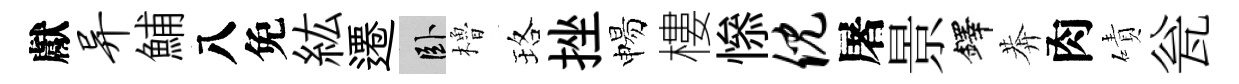
獻异鯆八免紘遷卧櫓珞挫惕樓𢡖倪屠景鐸莾肉磧瓮